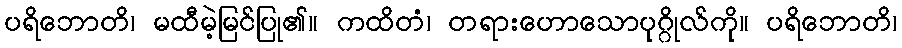
ပရိဘောတိ၊ မထီမဲ့မြင်ပြု၏။ ကထိတံ၊ တရားဟောသောပုဂ္ဂိုလ်ကို။ ပရိဘောတိ၊